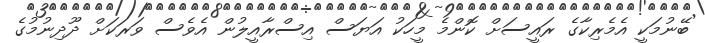
ބޭނުމަކީ އެމެރިކާގެ ރައީސަށް ކޮންމެ މީހަކު އަޔަސް އިސްރާއީލުން އެވެސް ވަރަކަށް ދޫދިނުމުގެ